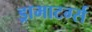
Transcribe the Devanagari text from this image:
ड्रामाटर्ग्स